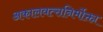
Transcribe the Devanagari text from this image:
अकालवत्सनिर्मोक्ता